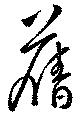
旧